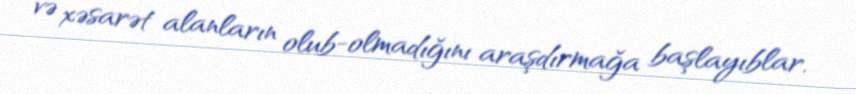
və xəsarət alanların olub-olmadığını araşdırmağa başlayıblar.